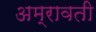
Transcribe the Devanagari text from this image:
अम्रावती